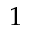
1